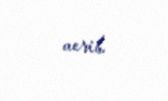
verib.